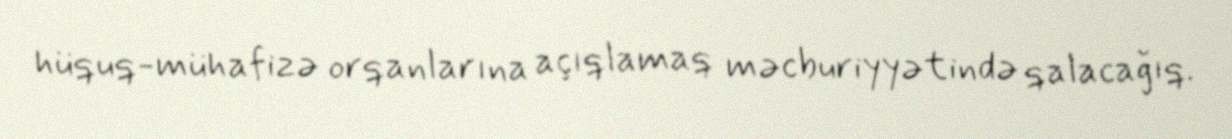
hüquq-mühafizə orqanlarına açıqlamaq məcburiyyətində qalacağıq.